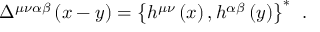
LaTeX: \Delta ^ { \mu \nu \alpha \beta } \left( x - y \right) = \left\{ h ^ { \mu \nu } \left( x \right) , h ^ { \alpha \beta } \left( y \right) \right\} ^ { * } \; \, .